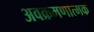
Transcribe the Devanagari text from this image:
अवक्रमणात्मक